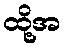
ထို့အ